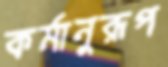
কর্মানুরূপ